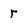
Character: r